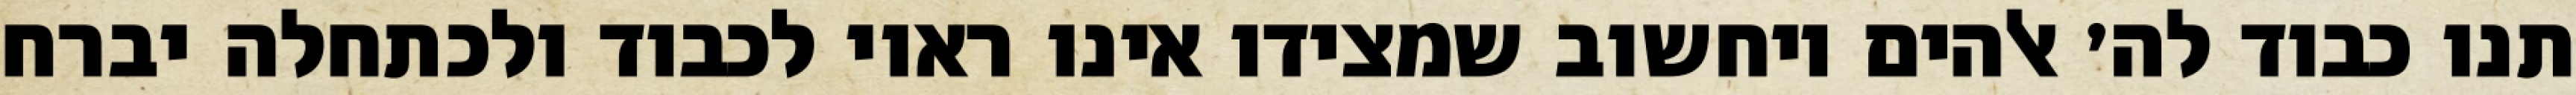
תנו כבוד לה׳ אלהים ויחשוב שמצידו אינו ראוי לכבוד ולכתחלה יברח